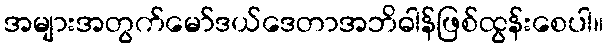
အများအတွက်မော်ဒယ်ဒေတာအဘိဓါန်ဖြစ်ထွန်းစေပါ။